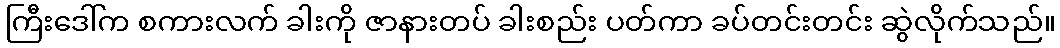
ကြီးဒေါ်က စကားလက် ခါးကို ဇာနားတပ် ခါးစည်း ပတ်ကာ ခပ်တင်းတင်း ဆွဲလိုက်သည်။